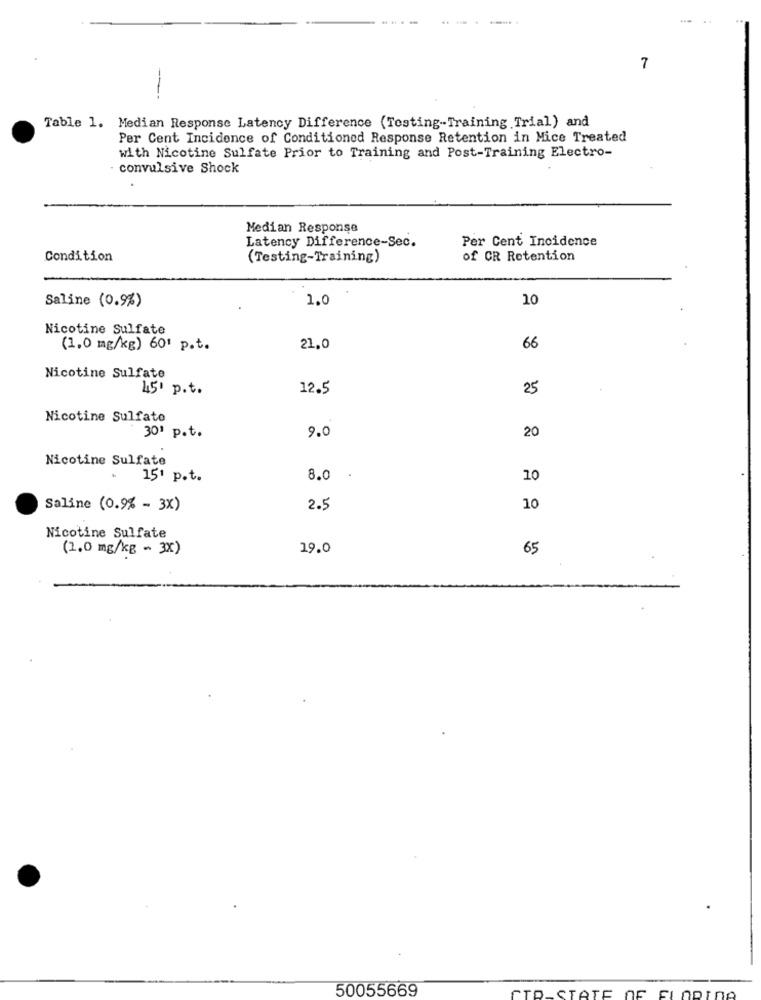
7
---
Table 1. Median Response Latency Difference (Testing-Training Trial) and
Per Cent Incidence of Conditioned Response Retention in Mice Treated
with Nicotine Sulfate Prior to Training and Post-Training Electro-
convulsive Shock
Median Response
Latency Difference-Sec.
Per Cent Incidence
Condition
(Testing-Training)
of CR Retention
Saline (0.9%)
1.0
10
Nicotine Sulfate
(1,0 mg/kg) 60' p.t.
21.0
66
Nicotine Sulfate
45' p.t.
12.5
25
Nicotine Sulfate
9.0
301 p.t.
20
Nicotine Sulfate
151 p.t.
8.0 .
10
Saline (0.9% - 3X)
2.5
10
Nicotine Sulfate
(1.0 mg/kg - 3x)
19.0
65
50055669
ETD.
STATE